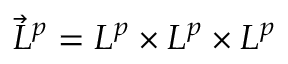
\vec { L } ^ { p } = L ^ { p } \times L ^ { p } \times L ^ { p }